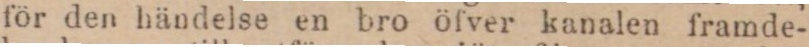
för den händelse en bro öfver kanalen framde-